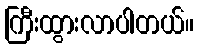
ကြီးထွားလာပါတယ်။